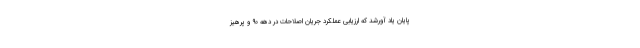
پایان یاد آورشد که ارزیابی عملکرد جریان اصلاحات در دهه ۹۰ و پرهیز